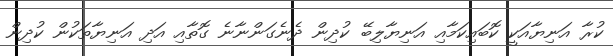
ކުރާ އަނިޔާއަކީ ކޮބައިކަމާއި އަނިޔާލިބޭ ކުދިން ދެނެގަންނާނެ ގޮތާއި އަދި އަނިޔާތަކުން ކުދިން